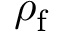
\rho _ { \mathrm { f } }